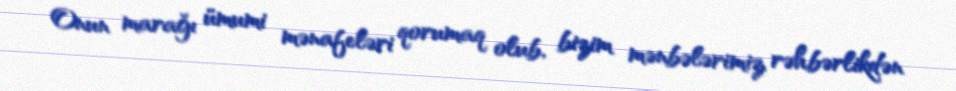
Onun marağı ümumi mənafeləri qorumaq olub, bizim mənbələrimiz rəhbərlikdən